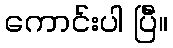
ကောင်းပါ ပြီဲ။